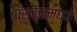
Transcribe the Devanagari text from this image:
प्राकृतमध्ये